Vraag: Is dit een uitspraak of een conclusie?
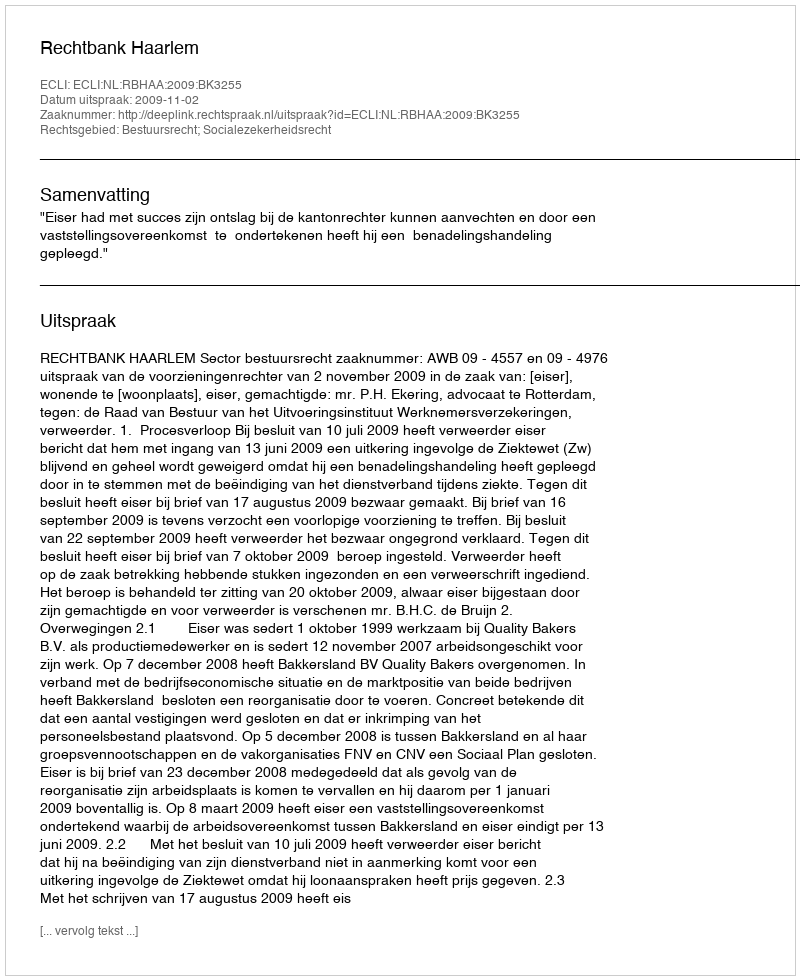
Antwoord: Uitspraak